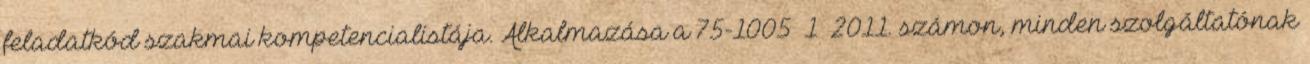
feladatkód szakmai kompetencialistája. Alkalmazása a 75-1005 1 2011. számon, minden szolgáltatónak